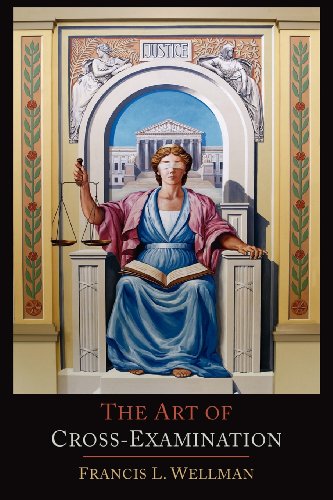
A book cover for The Art of Cross-Examination: With the Cross-Examinations of Important Witnesses in Some Celebrated Cases; Francis L. Wellman; Law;